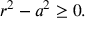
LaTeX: r ^ { 2 } - a ^ { 2 } \geq 0 .